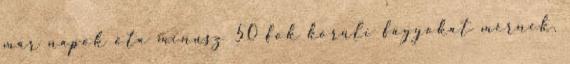
már napok óta mínusz 50 fok körüli fagyokat mérnek,